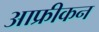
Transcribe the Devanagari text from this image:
आफ्रीकन